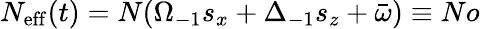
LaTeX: N_{\mathrm{eff}}(t)=N(\Omega_{-1}s_{x}+\Delta_{-1}s_{z}+\bar{\omega})\equiv No